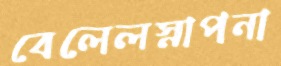
বেলেলস্নাপনা